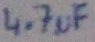
Text: 4.7µF